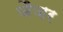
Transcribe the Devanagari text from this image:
जैजर